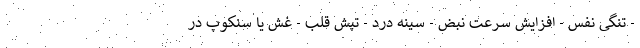
- تنگی نفس - افزایش سرعت نبض - سینه درد - تپش قلب - غش یا سنکوپ در